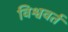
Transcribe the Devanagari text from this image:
विश्ववर्त